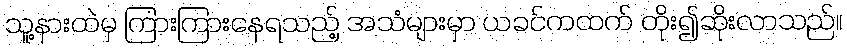
သူ့နားထဲမှ ကြားကြားနေရသည့် အသံများမှာ ယခင်ကထက် တိုး၍ဆိုးလာသည်။